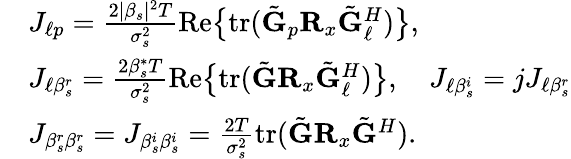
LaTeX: \begin{array}{rl}&{J_{\ell p}=\frac{2|\beta_{s}|^{2}T}{\sigma_{s}^{2}}\mathrm{Re}\big\{ \mathrm{tr}(\tilde{\mathbf{G}}_{p}\mathbf{R}_{x}\tilde{\mathbf{G}}_{\ell}^{H})\big\} ,}\\ &{J_{\ell\beta_{s}^{r}}=\frac{2\beta_{s}^{*}T}{\sigma_{s}^{2}}\mathrm{Re}\big\{ \mathrm{tr}(\tilde{\mathbf{G}}\mathbf{R}_{x}\tilde{\mathbf{G}}_{\ell}^{H})\big\} ,\quad J_{\ell\beta_{s}^{i}}=jJ_{\ell\beta_{s}^{r}}}\\ &{J_{\beta_{s}^{r}\beta_{s}^{r}}=J_{\beta_{s}^{i}\beta_{s}^{i}}=\frac{2T}{\sigma_{s}^{2}}\mathrm{tr}(\tilde{\mathbf{G}}\mathbf{R}_{x}\tilde{\mathbf{G}}^{H}).}\end{array}